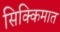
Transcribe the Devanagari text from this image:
सिक्किमात